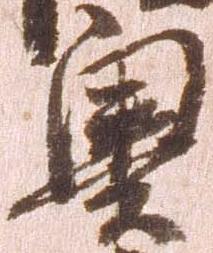
奥